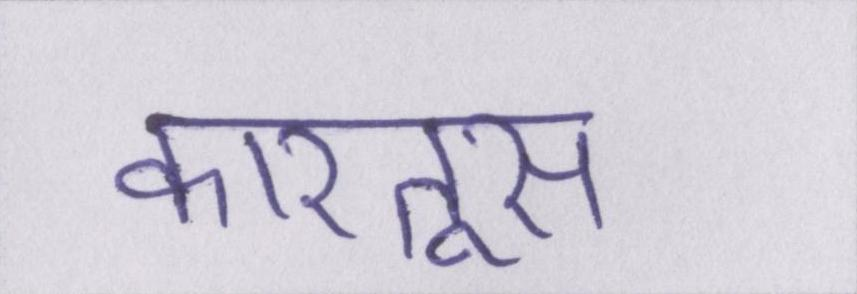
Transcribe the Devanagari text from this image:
कारतूस